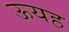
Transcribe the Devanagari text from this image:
ऊयह